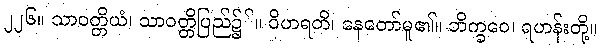
၂၂၆။ သာဝတ္တိယံ၊ သာဝတ္တိပြည်၌်။ ဝိဟရတိ၊ နေတော်မူ၏။ ဘိက္ခဝေ၊ ရဟန်းတို့။